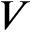
V